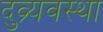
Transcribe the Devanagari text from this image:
दुव्र्यवस्था